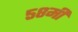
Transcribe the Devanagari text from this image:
५८मी